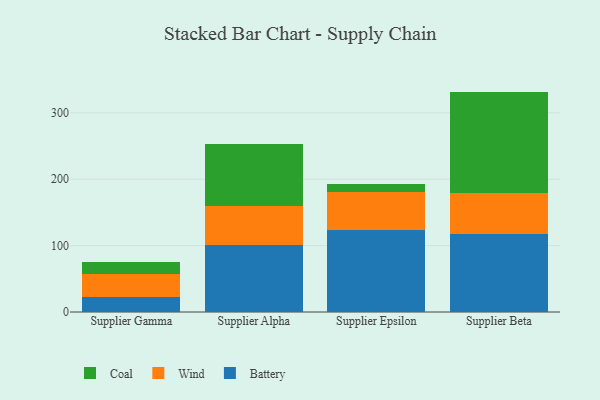
{"axis": {"x": "Supplier", "y": "Latency (ms)"}, "legend": ["Battery", "Coal", "Wind"], "data": [{"x": "Supplier Gamma", "y": 23.1, "type": "Battery"}, {"x": "Supplier Gamma", "y": 34.2, "type": "Wind"}, {"x": "Supplier Gamma", "y": 17.9, "type": "Coal"}, {"x": "Supplier Alpha", "y": 100.9, "type": "Battery"}, {"x": "Supplier Alpha", "y": 59.0, "type": "Wind"}, {"x": "Supplier Alpha", "y": 93.6, "type": "Coal"}, {"x": "Supplier Epsilon", "y": 123.2, "type": "Battery"}, {"x": "Supplier Epsilon", "y": 56.8, "type": "Wind"}, {"x": "Supplier Epsilon", "y": 12.8, "type": "Coal"}, {"x": "Supplier Beta", "y": 118.1, "type": "Battery"}, {"x": "Supplier Beta", "y": 60.8, "type": "Wind"}, {"x": "Supplier Beta", "y": 153.0, "type": "Coal"}]}